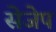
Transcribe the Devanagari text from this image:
सेजेप